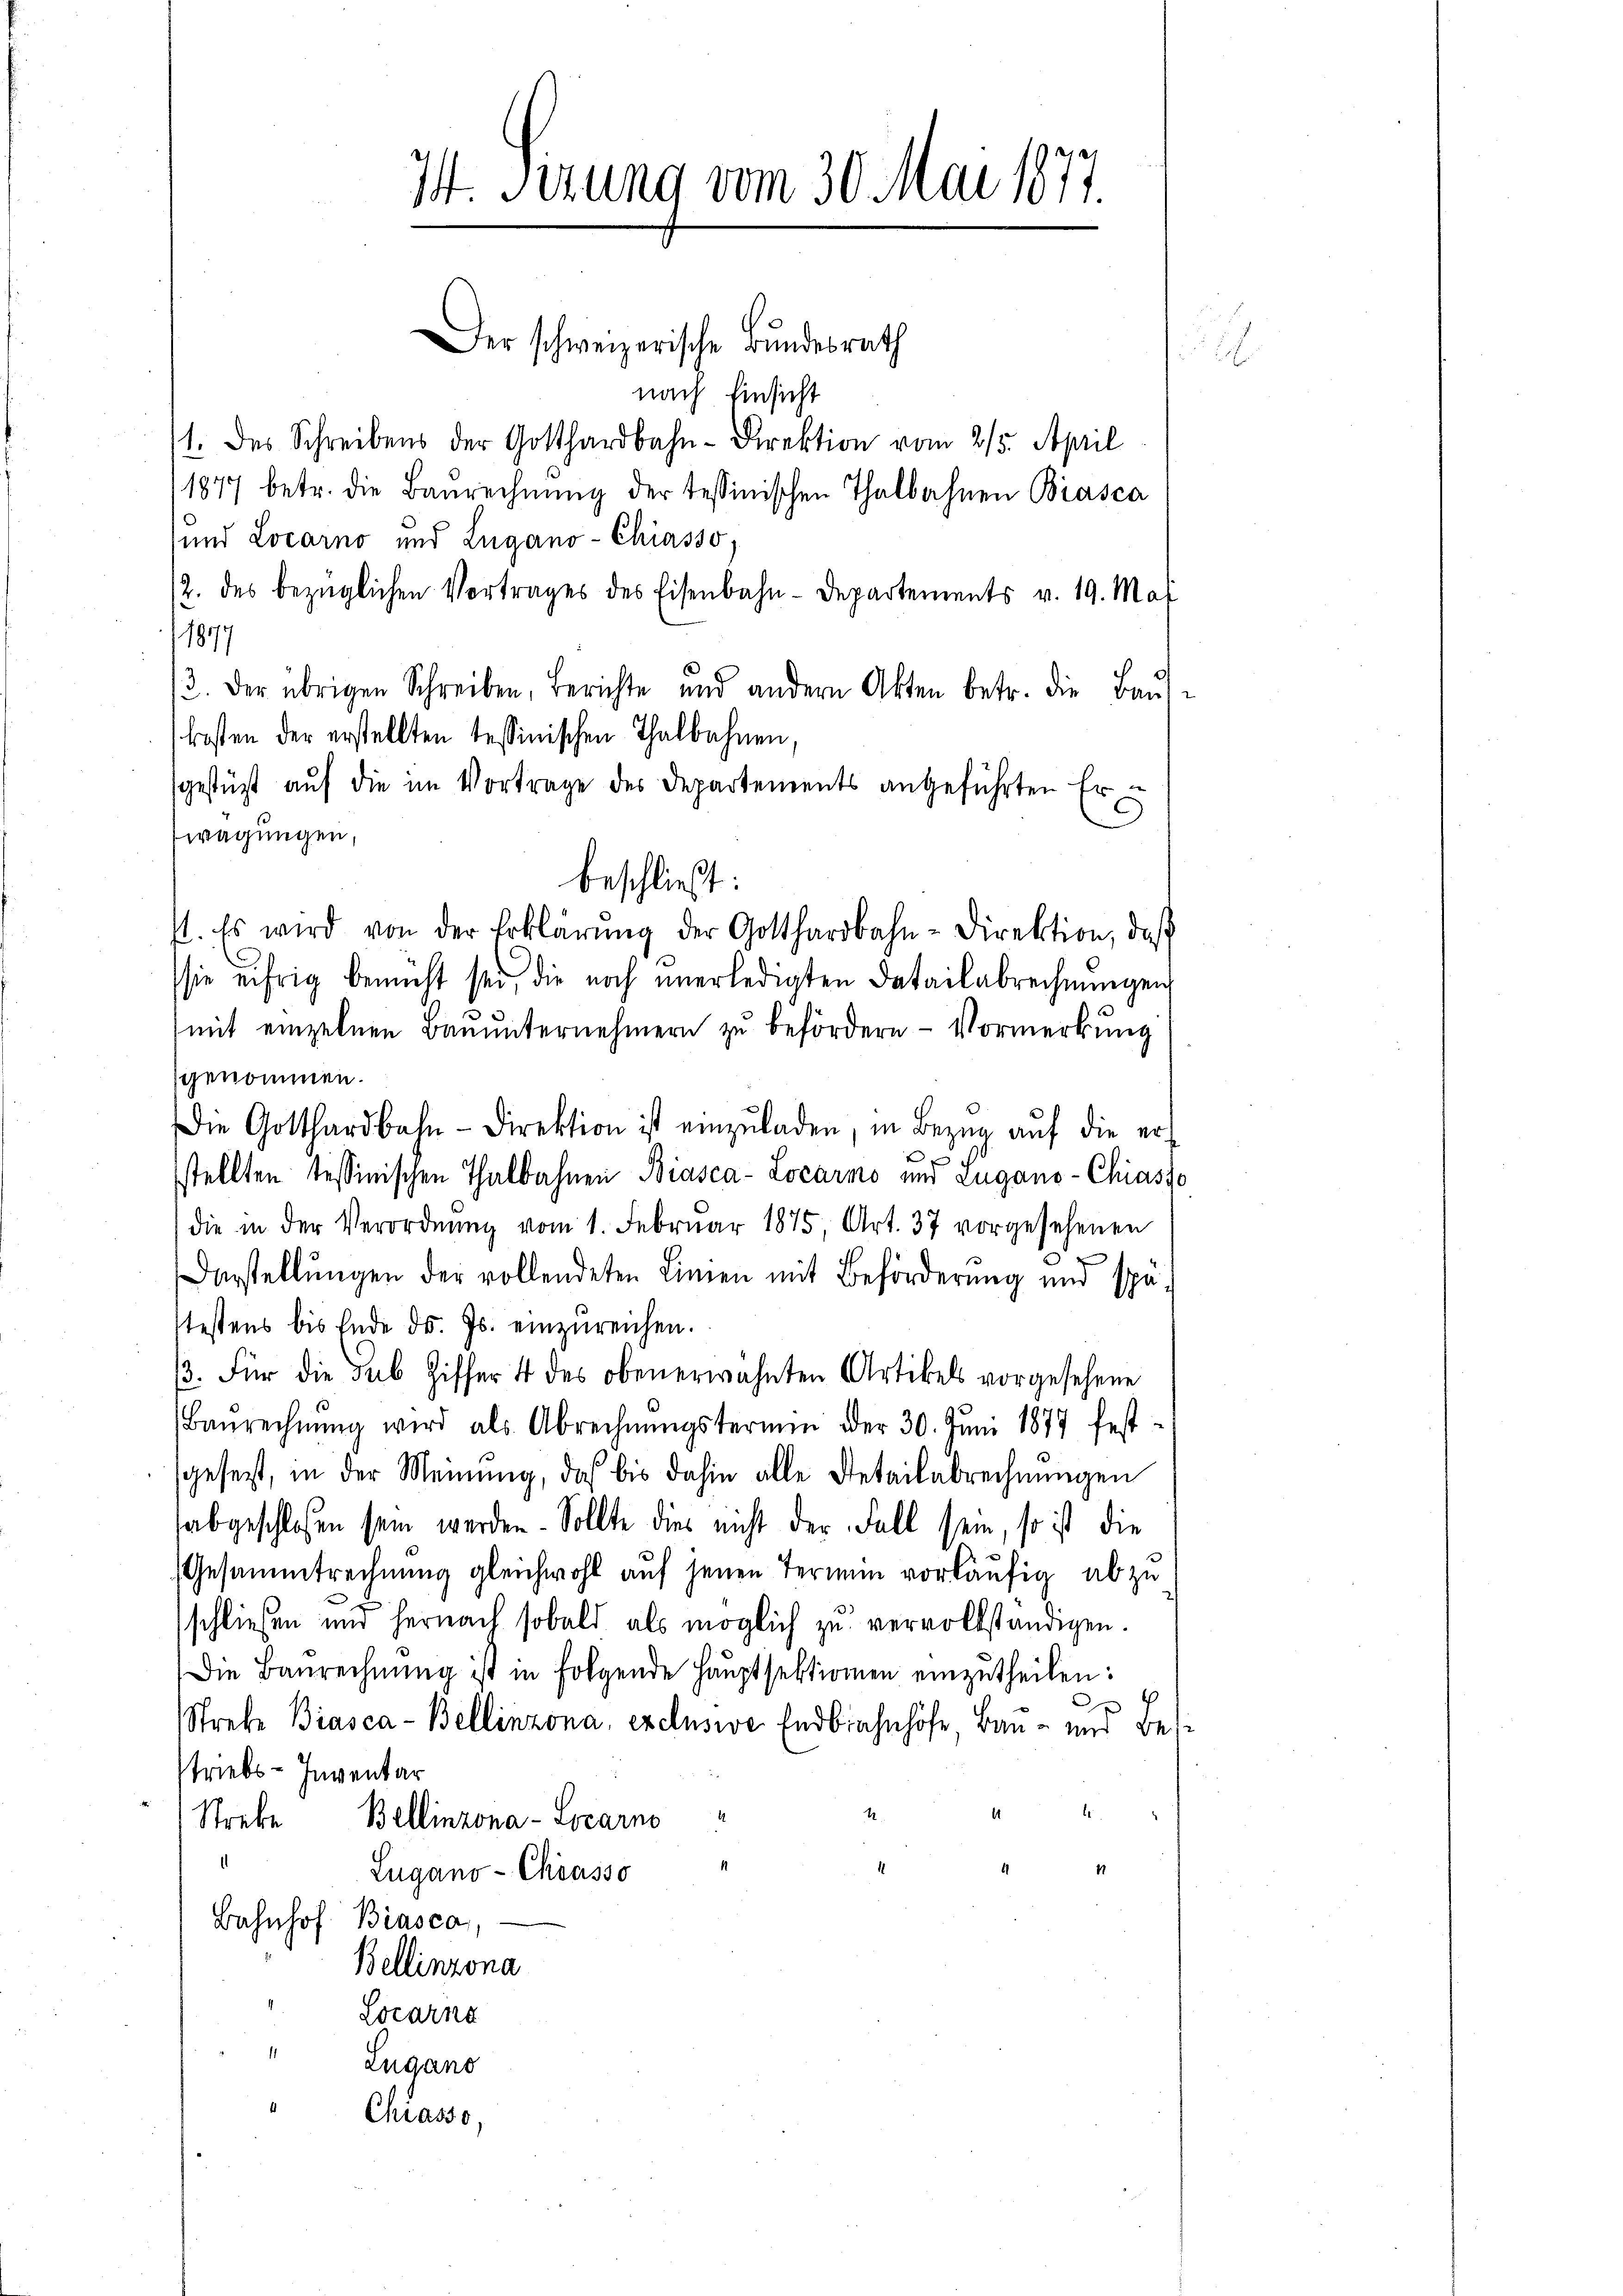
M. Sizung vom 30. Mai 1877.

Der schweizerische Bundesrath
nach Einsicht
1. des Schreibens der Gotthardbahn-Direktion vom 25. April
/1877 betr. die Baurechnŭng der tessinischen Thalbahnen Biasca
und Locarno und Zugano-Chiasso,
2. des bezüglichen Vertrages des Eisenbahn-Departements v. 19. Mai
/1877
3. Der übrigen Schreiben, Berichte und andern Akten betr. die Baŭ-
kosten der erstellten tessinischen Thalbahnen,
sgestüzt aŭf die im Vortrage des Departements angeführten Er
wägungen,
beschließt:
1. Es wird von der Erklärŭng der Gotthardbahn-Direktion, daβ
sie eifrig bemüht sei, die noch unerledigten Detailabrechnungen,
mit einzelnen Bauunternehmern zu befördern - Vormerkung
genommen.
Die Gotthardbahn-Direktion ist einzŭladen, in Bezŭg aŭf die erx
sstellten tessinischen Thalbahnen Biasca-Locarno und Lugano-Chiasso
die in der Verordnŭng vom 1. Febrŭar 1875 Art. 37 vorgesehenen
u
Darstellŭngen der vollendeten Linien mit Beförderung und spä-
testens bis Ende d. Js. einzureichen.
3. Für die sub Ziffer 4 des obenerwähnten Artikels vorgesehene
Baurechnŭng wird als Abrechnŭngstermin der 30. Jŭni 1877 fest-
gesetzt, in der Meinung, daß bis dahin alle Detailabrechnungen
abgeschlossen sein werden. Sollte dies nicht der Fall sein, so ist die
Gesammtrechnung gleichwohl auf jenen Termin vorläufig ab zu
schließen und hernach sobald als möglich zu vervollständigen.
Die Baurechnŭng ist in folgende Haŭptsektionen einzŭtheilen:
x
Streke Biasca - Bellinzona, exclusive Endbahnhöfe Bau- und Beistriebs-Inventar
A
b
Strebe Bellinzona-Locarno
n
Lugano- Chiasso
Bahnhof. Biasca,
Bellinzona
Locarna
Lugano
Chiasso,